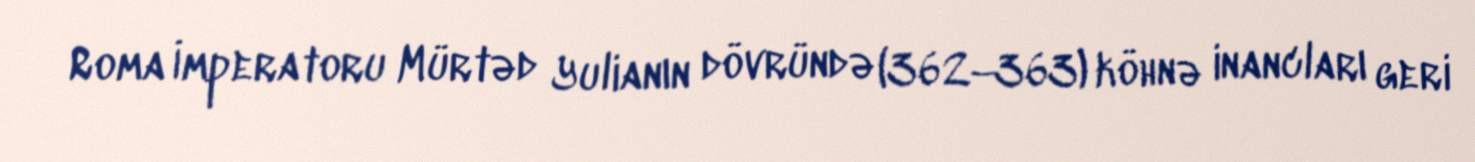
Roma İmperatoru Mürtəd Yulianın dövründə (362–363) köhnə inancları geri